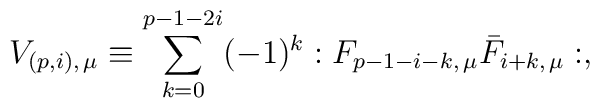
V_{(p,i),\, \mu} \equiv   \sum_{k=0}^{p-1-2i}(-1)^k :F_{p-1-i-k,\, \mu}\bar{F}_{{i+k},\, \mu}:,